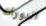
الدورات